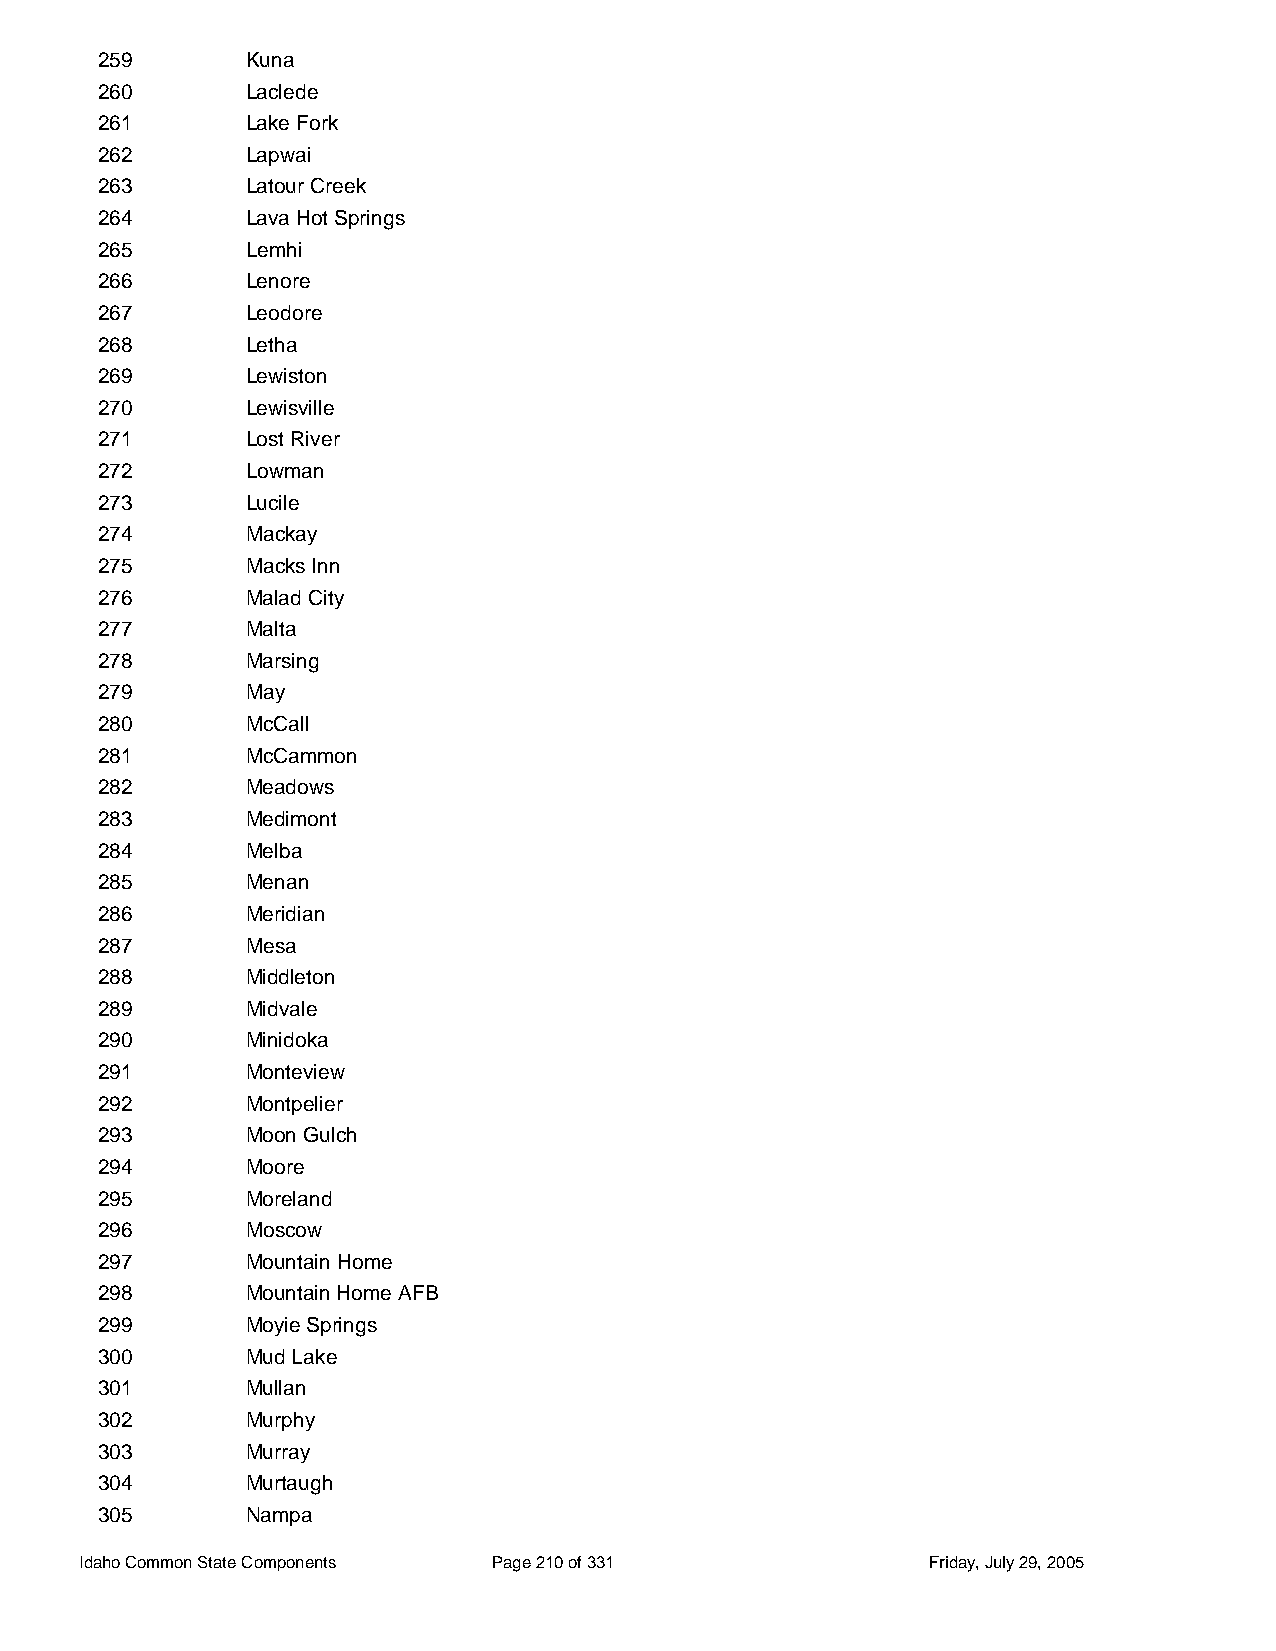
259       Kuna
 260       Laclede
 261       Lake Fork
 262       Lapwai
 263       Latour Creek
 264       Lava Hot Springs
 265       Lemhi
 266       Lenore
 267       Leodore
 268       Letha
 269       Lewiston
 270       Lewisville
 271       Lost River
 272       Lowman
 273       Lucile
 274       Mackay
 275       Macks Inn
 276       Malad City
 277       Malta
 278       Marsing
 279       May
 280       McCall
 281       McCammon
 282       Meadows
 283       Medimont
 284       Melba
 285       Menan
 286       Meridian
 287       Mesa
 288       Middleton
 289       Midvale
 290       Minidoka
 291       Monteview
 292       Montpelier
 293       Moon Gulch
 294       Moore
 295       Moreland
 296       Moscow
 297       Mountain Home
 298       Mountain Home AFB
 299       Moyie Springs
 300       Mud Lake
 301       Mullan
 302       Murphy
 303       Murray
 304       Murtaugh
 305       Nampa
 Idaho Common State Components Page 210 of 331           Friday, July 29, 2005